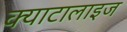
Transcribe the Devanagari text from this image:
क्याटालाइज